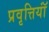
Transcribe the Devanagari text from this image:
प्रवृत्तियॉं